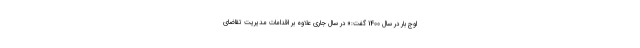
اوج بار در سال 1400 گفت:« در سال جاری علاوه بر اقدامات مدیریت تقاضای